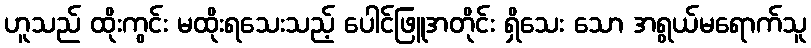
ဟူသည် ထိုးကွင်း မထိုးရသေးသည့် ပေါင်ဖြူအတိုင်း ရှိသေး သော အရွယ်မရောက်သူ